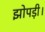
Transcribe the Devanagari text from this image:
झोपड़ी।